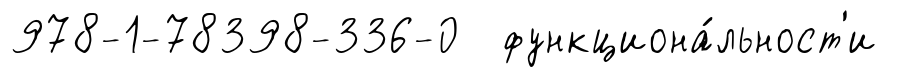
978-1-78398-336-0 функциона́льност'и